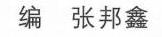
编 张邦鑫